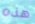
هذه